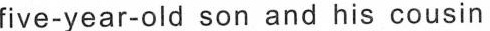
five-year-old son and his cousin